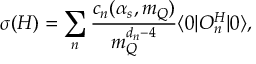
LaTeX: \sigma ( H ) = \sum _ { n } { \frac { c _ { n } ( \alpha _ { s } , m _ { Q } ) } { m _ { Q } ^ { d _ { n } - 4 } } } \langle 0 | { \cal O } _ { n } ^ { H } | 0 \rangle ,